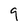
Character: q